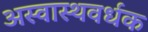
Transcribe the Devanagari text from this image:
अस्वास्थवर्धक